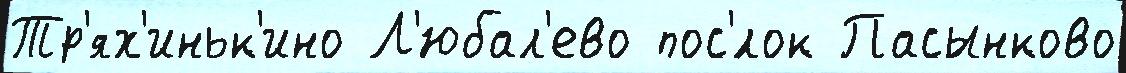
Тр'ях'иньк'ино Л'юбал'ево пос'́лок Пасынково